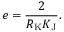
e = { \frac { 2 } { R _ { \mathrm { K } } K _ { \mathrm { J } } } } .